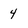
Character: 4